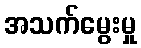
အသက်မွေးမှု